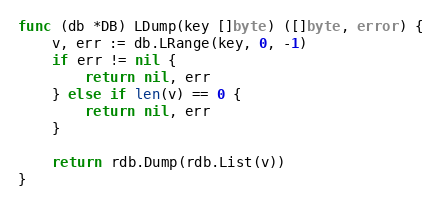
Language: Go
func (db *DB) LDump(key []byte) ([]byte, error) {
	v, err := db.LRange(key, 0, -1)
	if err != nil {
		return nil, err
	} else if len(v) == 0 {
		return nil, err
	}

	return rdb.Dump(rdb.List(v))
}